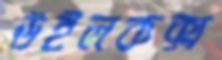
উইলকক্স